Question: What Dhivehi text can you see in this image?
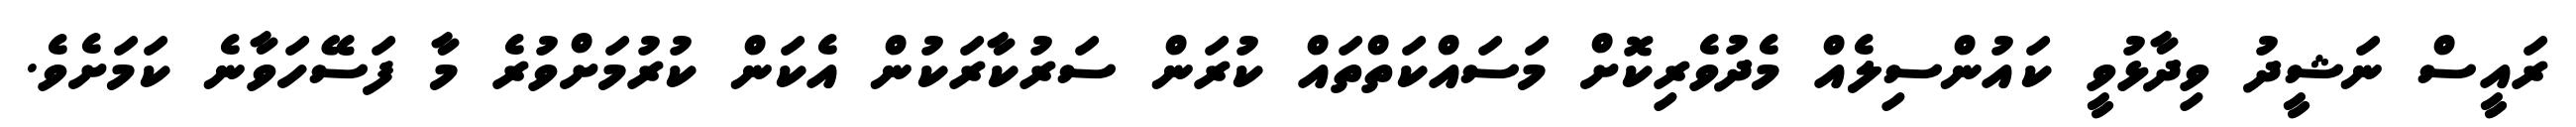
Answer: ރައީސް ނަޝީދު ވިދާޅުވީ ކައުންސިލެއް މެދުވެރިކޮށް މަސައްކަތްތައް ކުރަން ސަރުކާރަކުން އެކަން ކުރުމަށްވުރެ މާ ފަސޭހަވާނެ ކަމަށެވެ.